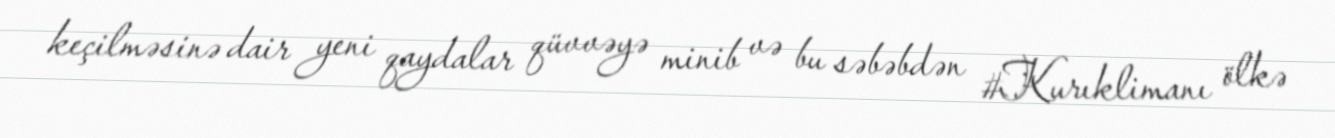
keçilməsinə dair yeni qaydalar qüvvəyə minib və bu səbəbdən #Kurıklimanı ölkə